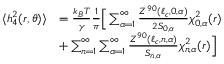
\begin{array} { r l } { \langle h _ { 4 } ^ { 2 } ( r , \theta ) \rangle } & { = \frac { k _ { B } T } { \gamma } \frac { 1 } { \pi } \Big [ \sum _ { \alpha = 1 } ^ { \infty } \frac { Z ^ { 9 0 } ( \ell _ { c } , 0 , \alpha ) } { 2 S _ { 0 , \alpha } } \chi _ { 0 , \alpha } ^ { 2 } ( r ) } \\ & { + \sum _ { n = 1 } ^ { \infty } \sum _ { \alpha = 1 } ^ { \infty } \frac { Z ^ { 9 0 } ( \ell _ { c } , n , \alpha ) } { S _ { n , \alpha } } \chi _ { n , \alpha } ^ { 2 } ( r ) \Big ] } \end{array}